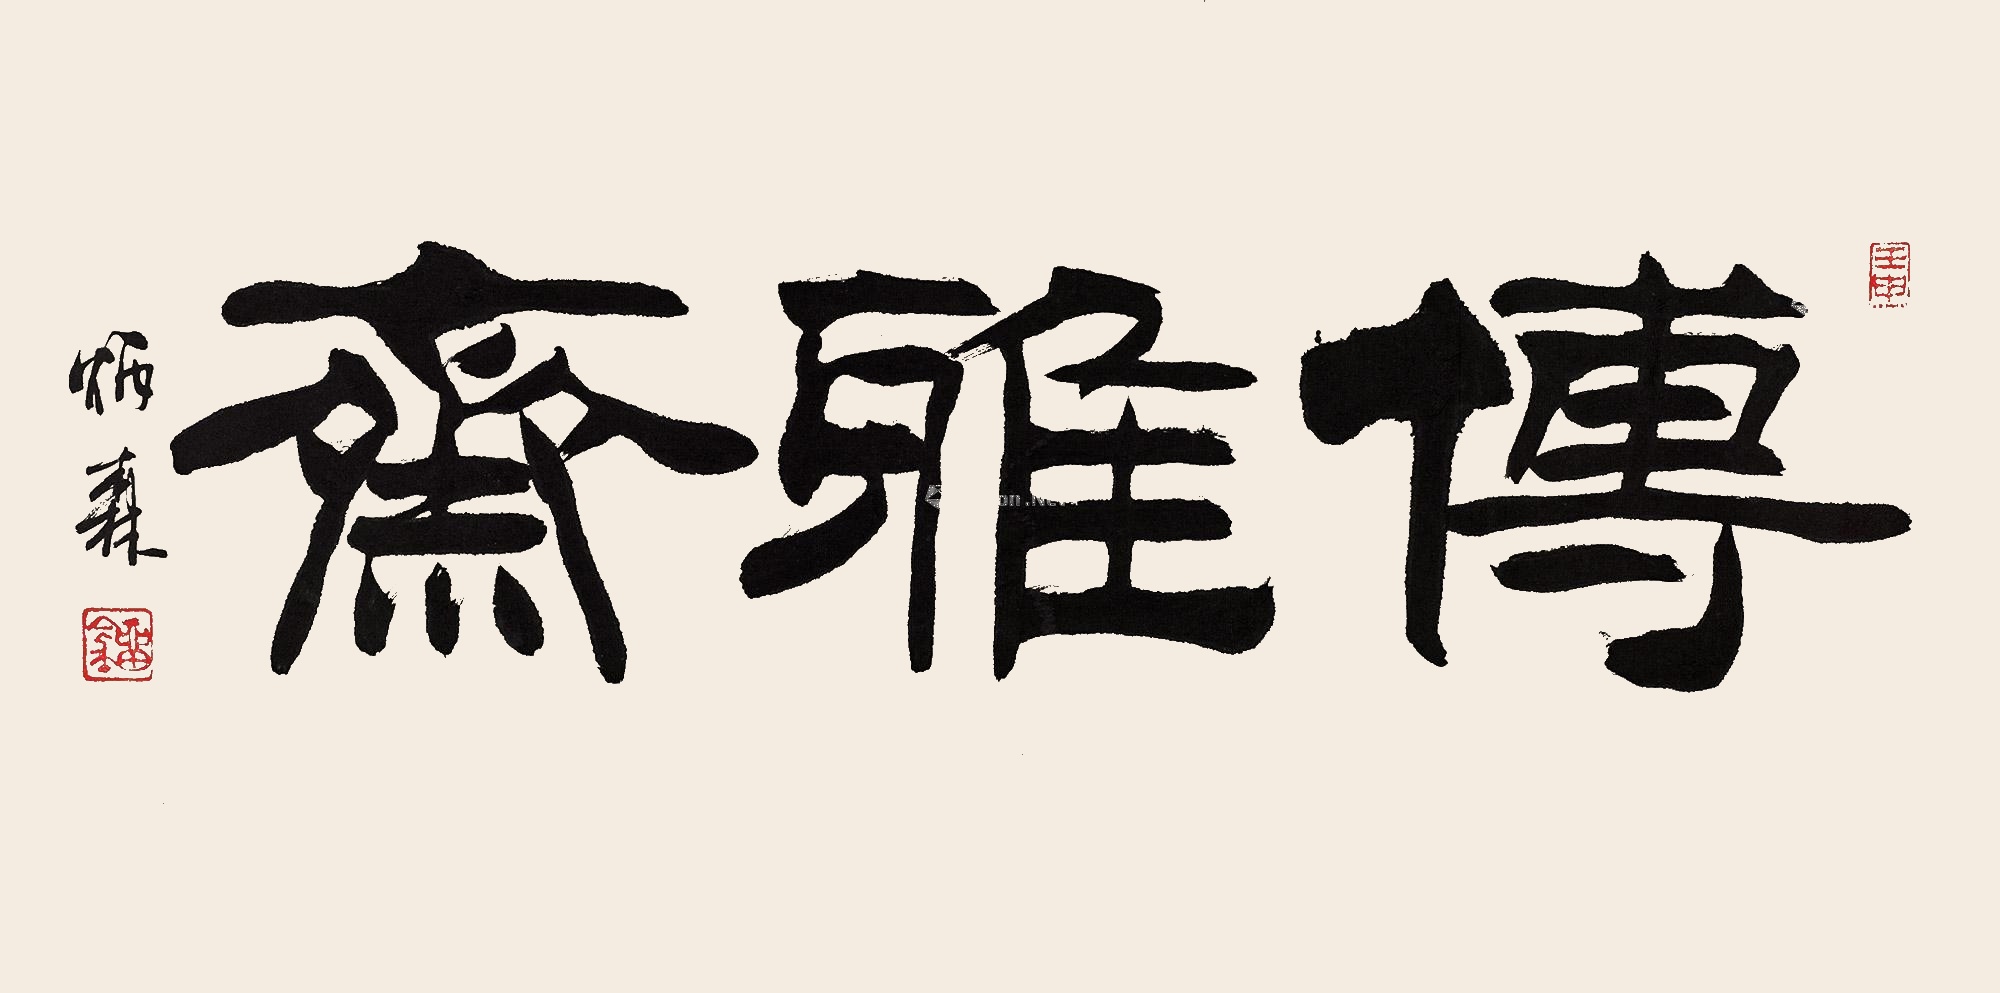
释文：博雅斋。炳森。